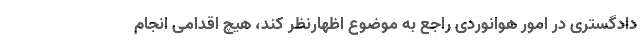
دادگستری در امور هوانوردی راجع به موضوع اظهارنظر کند، هیچ اقدامی انجام